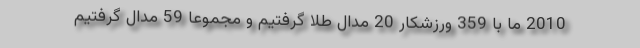
2010 ما با 359 ورزشکار 20 مدال طلا گرفتیم و مجموعاً 59 مدال گرفتیم